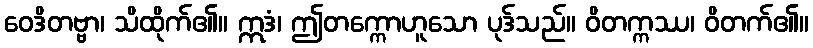
ဝေဒိတဗ္ဗာ၊ သိထိုက်၏။ ဣဒံ၊ ဤတက္ကောဟူသော ပုဒ်သည်။ ဝိတက္ကဿ၊ ဝိတက်၏။